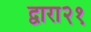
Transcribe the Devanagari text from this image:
द्वारा२१